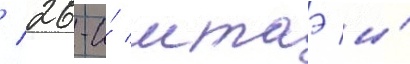
/ 26-и́ мтаэ и́